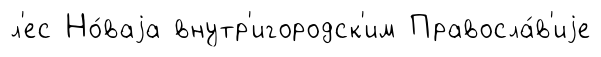
л'ес Но́ваjа внутр'игородск'им Правосла́в'иjе